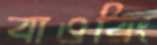
বাওরিং